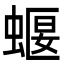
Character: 蝘